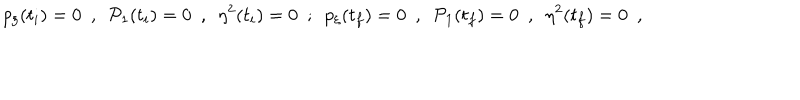
p _ { \xi } ( t _ { i } ) = 0 \ \ , \ \ { \cal P } _ { 1 } ( t _ { i } ) = 0 \ \ , \ \ \eta ^ { 2 } ( t _ { i } ) = 0 \ \ ; \ \ p _ { \xi } ( t _ { f } ) = 0 \ \ , \ \ { \cal P } _ { 1 } ( t _ { f } ) = 0 \ \ , \ \ \eta ^ { 2 } ( t _ { f } ) = 0 \ \ ,